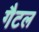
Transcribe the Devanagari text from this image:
गैटल